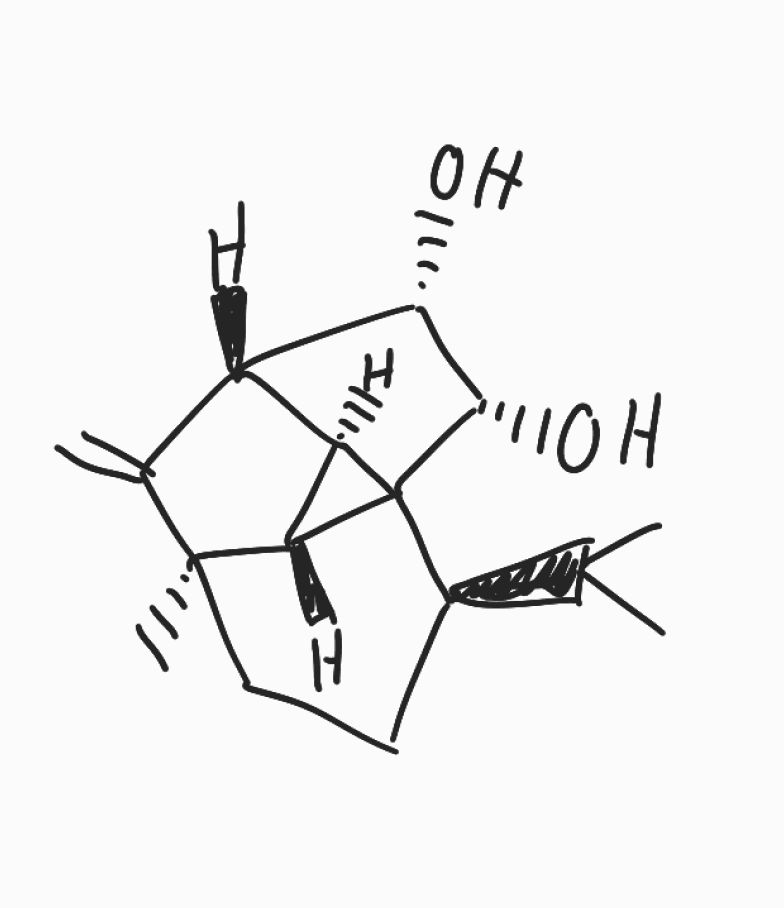
Simplified molecular-input line-entry system (SMILES) notation of the given molecule:
CC(C)[C@H]1CC[C@@]2([C@@H]3[C@H]1[C@H](C2=C)[C@@H]([C@@H]3O)O)C